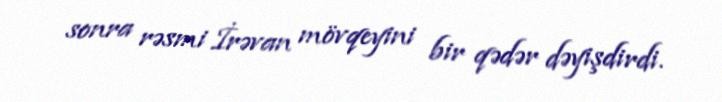
sonra rəsmi İrəvan mövqeyini bir qədər dəyişdirdi.